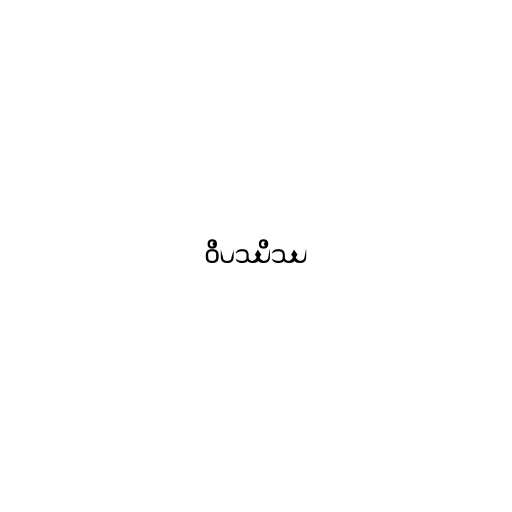
ဝိပဿိဿ